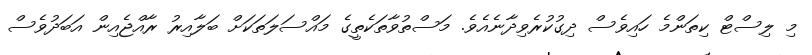
މި ލިސްޓް ކިތަންމެ ހައިވެސް ދިގުކުރެވިދާނެއެވެ. މަސްތުވާތަކެތީގެ މައްސަލަތަކަށް ބަލާއިރު ރާއްޖެއިން އަބަދުވެސް